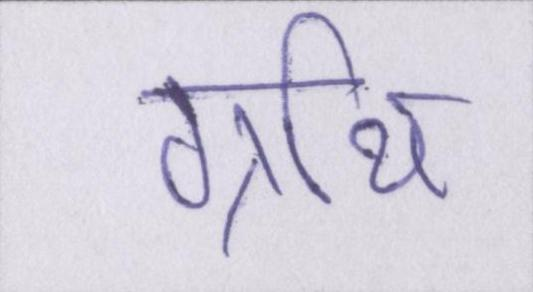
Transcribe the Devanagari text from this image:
ग्रंथि